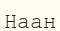
Наан